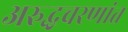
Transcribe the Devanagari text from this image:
अरुद्धचरणांत